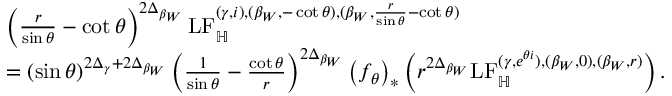
\begin{array} { r l } & { \left( \frac { r } { \sin \theta } - \cot \theta \right) ^ { 2 \Delta _ { \beta _ { W } } } \mathrm { L F } _ { \mathbb H } ^ { ( \gamma , i ) , ( \beta _ { W } , - \cot \theta ) , ( \beta _ { W } , \frac { r } { \sin \theta } - \cot \theta ) } } \\ & { = ( \sin \theta ) ^ { 2 \Delta _ { \gamma } + 2 \Delta _ { \beta _ { W } } } \left( \frac { 1 } { \sin \theta } - \frac { \cot \theta } { r } \right) ^ { 2 \Delta _ { \beta _ { W } } } \left( f _ { \theta } \right) _ { * } \left( r ^ { 2 \Delta _ { \beta _ { W } } } \mathrm { L F } _ { \mathbb H } ^ { ( \gamma , e ^ { \theta i } ) , ( \beta _ { W } , 0 ) , ( \beta _ { W } , r ) } \right) . } \end{array}